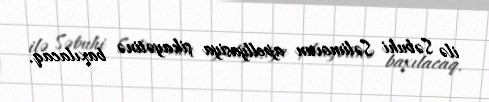
ilə Səbuhi Səlimovun apellyasiya şikayətinə baxılacaq.